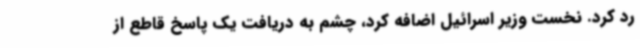
رد کرد. نخست وزیر اسرائیل اضافه کرد، چشم به دریافت یک پاسخ قاطع از